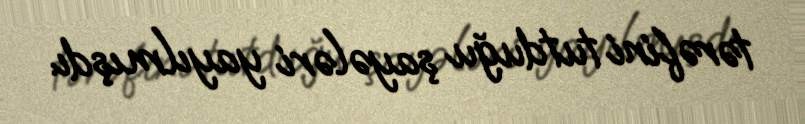
tərəfini tutduğu şayələri yayılmışdı.